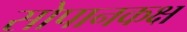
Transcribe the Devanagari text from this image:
सोपानकक्ष